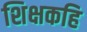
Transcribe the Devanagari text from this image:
शिक्षकहि